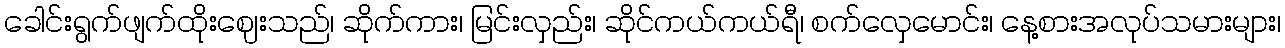
ခေါင်းရွက်ဖျက်ထိုးဈေးသည်၊ ဆိုက်ကား၊ မြင်းလှည်း၊ ဆိုင်ကယ်ကယ်ရီ၊ စက်လှေမောင်း၊ နေ့စားအလုပ်သမားများ၊